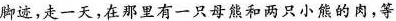
脚迹，走一天，在那里有一只母熊和两只小熊的肉，等